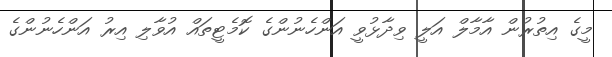
މީގެ އިތުރުން އާމާލް އަލީ ވިދާޅުވީ އަންހެނުންގެ ކޮމެޓީތައް އުވާލި އިރު އަންހެނުންގެ